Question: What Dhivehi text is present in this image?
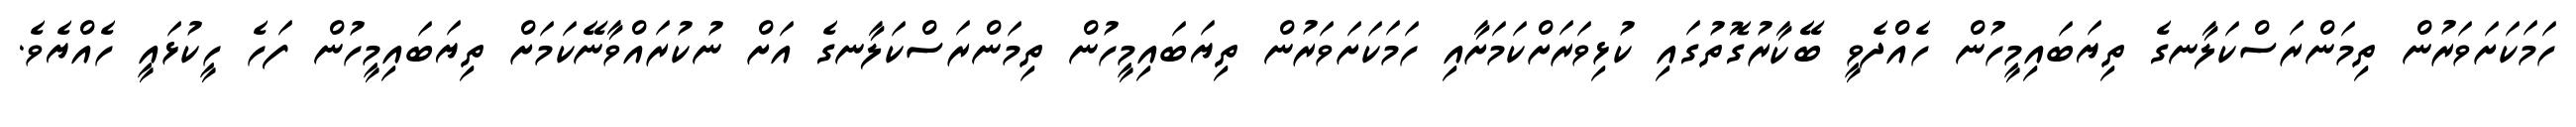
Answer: ހަމަކަށަވަރުން ތިމަންރަސްކަލާނގެ ތިޔަބައިމީހުން ހެއްދެވީ ބޭކާރުގޮތުގައި ކުޅިވަރަށްކަމަށާއި ހަމަކަށަވަރުން ތިޔަބައިމީހުން ތިމަންރަސްކަލާނގެ އަށް ނުކުރައްވާނޭކަމަށް ތިޔަބައިމީހުން ފަހެ ހީކުޅައީ ހެއްޔެވެ.